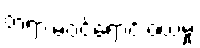
တရားမဝင်ရောင်းဝယ်မှု